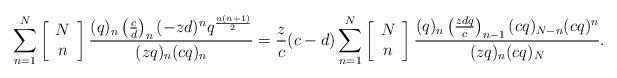
LaTeX: \begin{align*}\sum_{n=1}^{N}\left[\begin{array}{c}N\\n\end{array}\right] \frac{(q)_n \left(\frac{c}{d}\right)_n (-zd)^n q^\frac{n(n+1)}{2}}{(zq)_n (cq)_n}= \frac{z}{c}(c-d)\displaystyle\sum_{n=1}^{N}\left[\begin{array}{c}N\\n\end{array}\right] \frac{(q)_n \left(\frac{zdq}{c}\right)_{n-1} (cq)_{N-n} (cq)^n}{(zq)_n (cq)_N}.\end{align*}